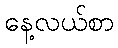
နေ့လယ်စာ